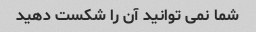
شما نمی توانید آن را شکست دهید